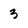
Character: 3